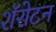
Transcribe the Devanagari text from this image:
शॅरोटन